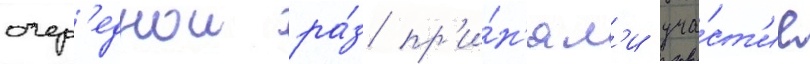
очер'еднои ра́з пр'и́н'ял'и уча́ст'ие